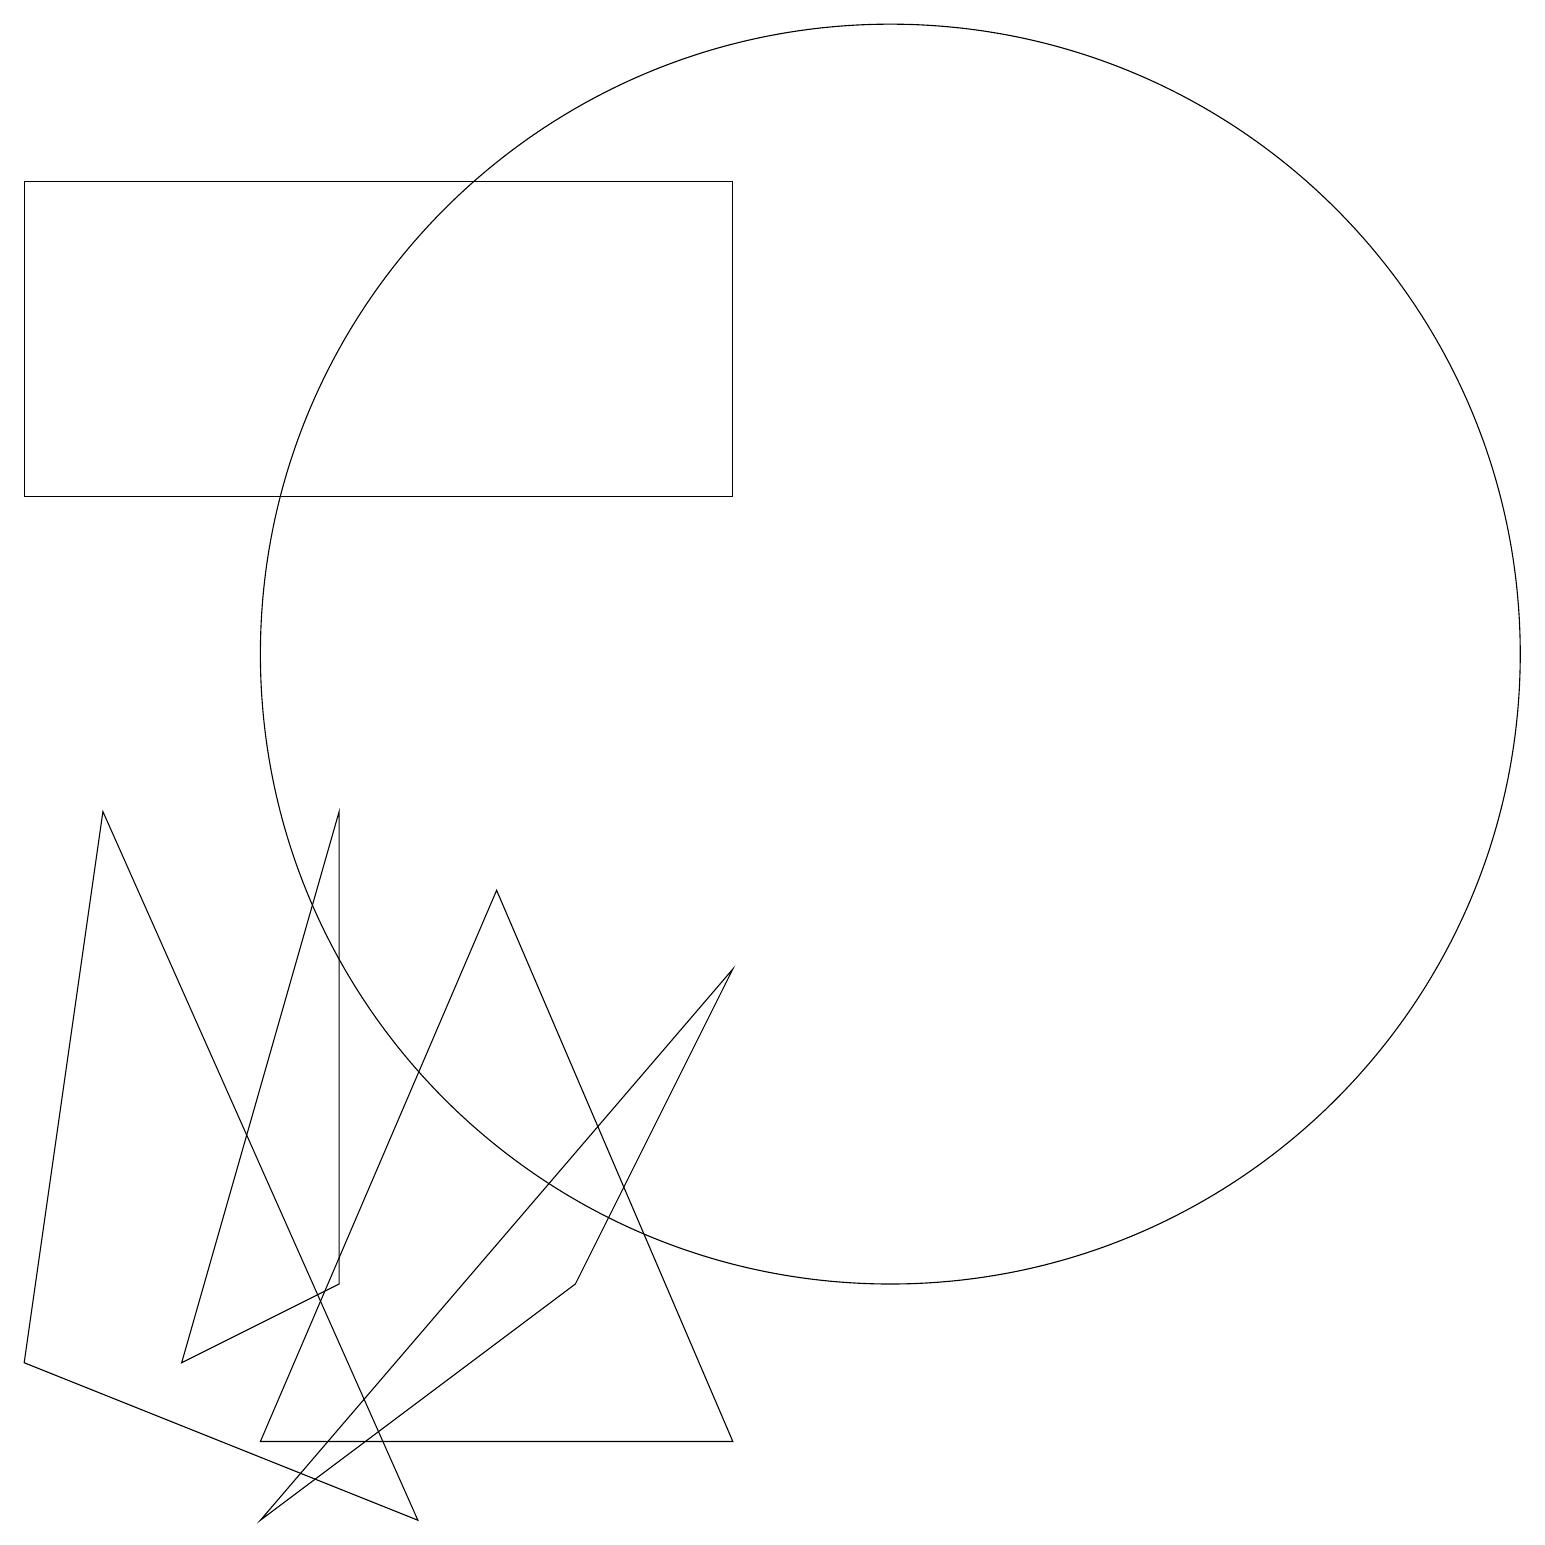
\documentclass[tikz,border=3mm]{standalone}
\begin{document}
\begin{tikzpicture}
\draw (3,0) -- (9,7) -- (7,3) -- cycle;
\draw (4,3) -- (4,9) -- (2,2) -- cycle;
\draw (11,11) circle (8);
\draw (0,17) rectangle (9,13);
\draw (6,8) -- (3,1) -- (9,1) -- cycle;
\draw (1,9) -- (5,0) -- (0,2) -- cycle;
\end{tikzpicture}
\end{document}